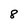
Character: 8